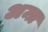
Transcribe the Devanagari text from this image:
अन्त्र